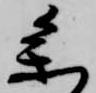
参